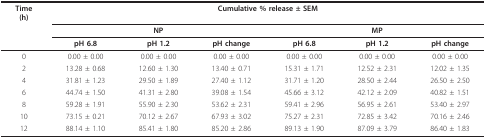
<table><thead><tr><td><b>Time(h)</b></td><td colspan="6"><b>Cumulative % release ± SEM</b></td></tr><tr><td></td><td colspan="3"><b>NP</b></td><td colspan="3"><b>MP</b></td></tr><tr><td></td><td><b>pH 6.8</b></td><td><b>pH 1.2</b></td><td><b>pH change</b></td><td><b>pH 6.8</b></td><td><b>pH 1.2</b></td><td><b>pH change</b></td></tr></thead><tbody><tr><td>0</td><td>0.00 ± 0.00</td><td>0.00 ± 0.00</td><td>0.00 ± 0.00</td><td>0.00 ± 0.00</td><td>0.00 ± 0.00</td><td>0.00 ± 0.00</td></tr><tr><td>2</td><td>13.28 ± 0.68</td><td>12.60 ± 1.30</td><td>13.40 ± 0.71</td><td>15.31 ± 1.71</td><td>12.52 ± 2.31</td><td>12.02 ± 1.35</td></tr><tr><td>4</td><td>31.81 ± 1.23</td><td>29.50 ± 1.89</td><td>27.40 ± 1.12</td><td>31.71 ± 1.20</td><td>28.50 ± 2.44</td><td>26.50 ± 2.50</td></tr><tr><td>6</td><td>44.74 ± 1.50</td><td>41.31 ± 2.80</td><td>39.08 ± 1.54</td><td>45.66 ± 3.12</td><td>42.12 ± 2.09</td><td>40.82 ± 1.51</td></tr><tr><td>8</td><td>59.28 ± 1.91</td><td>55.90 ± 2.30</td><td>53.62 ± 2.31</td><td>59.41 ± 2.96</td><td>56.95 ± 2.61</td><td>53.40 ± 2.97</td></tr><tr><td>10</td><td>73.15 ± 0.21</td><td>70.12 ± 2.67</td><td>67.93 ± 3.02</td><td>75.27 ± 2.31</td><td>72.85 ± 3.42</td><td>70.16 ± 2.46</td></tr><tr><td>12</td><td>88.14 ± 1.10</td><td>85.41 ± 1.80</td><td>85.20 ± 2.86</td><td>89.13 ± 1.90</td><td>87.09 ± 3.79</td><td>86.40 ± 1.83</td></tr></tbody></table>